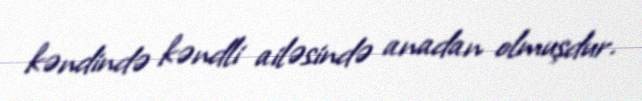
kəndində kəndli ailəsində anadan olmuşdur.